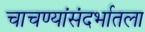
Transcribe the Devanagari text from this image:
चाचण्यांसंदर्भातला